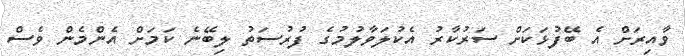
ވާއިރަށް އެ ބޭފުޅަކަށް ސަރުކާރު އެކުލަވާލުމުގެ ފުރުސަތު ލިބޭނެ ކަމަށް އެންމެން ވެސް